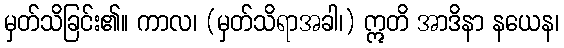
မှတ်သိခြင်း၏။ ကာလ၊ (မှတ်သိရာအခါ၊) ဣတိ အာဒိနာ နယေန၊